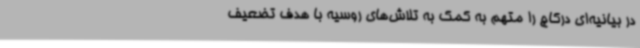
در بیانیه‌ای درکاچ را متهم به کمک به تلاش‌های روسیه با هدف تضعیف